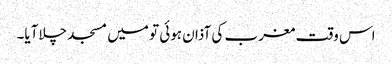
اس وقت مغرب کی آذان ہوئی تو میں مسجد چلاآیا۔